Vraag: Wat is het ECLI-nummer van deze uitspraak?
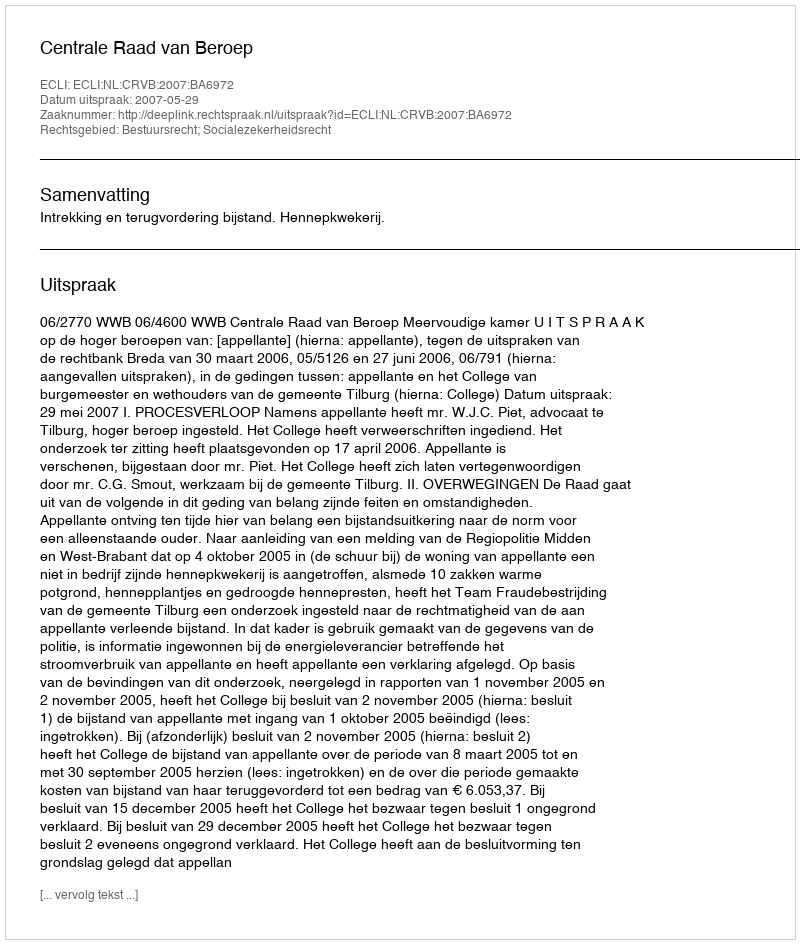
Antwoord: ECLI:NL:CRVB:2007:BA6972